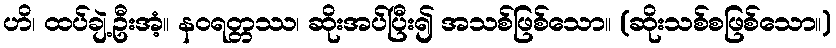
ဟိ၊ ထပ်ချဲ့ဦးအံ့။ နဝရတ္တဿ၊ ဆိုးအပ်ပြီး၍ အသစ်ဖြစ်သော။ (ဆိုးသစ်စဖြစ်သော။)